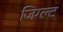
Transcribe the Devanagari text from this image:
जिग्ल्ट